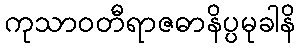
ကုသာဝတီရာဇဓာနိပ္ပမုခါနိ